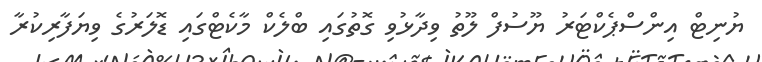
ޔުނިޓް އިންސްޕެކްޓަރު ޔޫސުފް ލޫތު ވިދާޅުވި ގޮތުގައި ބްލެކް މާކެޓްގައި ޑޮލަރުގެ ވިޔަފާރިކުރާ